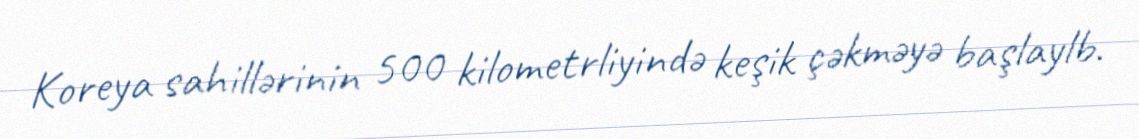
Koreya sahillərinin 500 kilometrliyində keşik çəkməyə başlaylb.